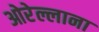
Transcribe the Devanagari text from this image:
ओरेल्लाना